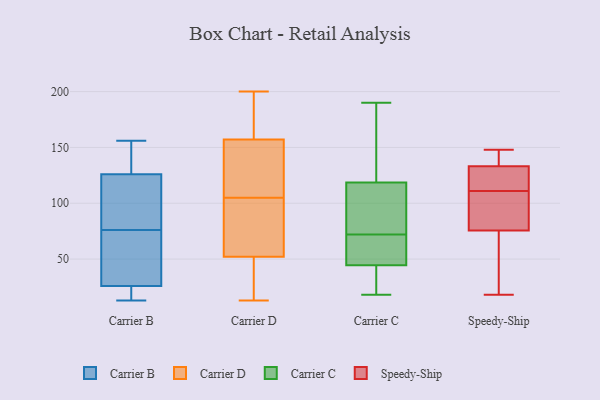
{"axis": {"x": "Customer Acquisition Cost (USD)", "y": "Value"}, "legend": ["Carrier B", "Carrier C", "Carrier D", "Speedy-Ship"], "data": [{"x": "", "y": 25, "type": "Carrier B"}, {"x": "", "y": 154, "type": "Carrier B"}, {"x": "", "y": 79, "type": "Carrier B"}, {"x": "", "y": 71, "type": "Carrier B"}, {"x": "", "y": 73, "type": "Carrier B"}, {"x": "", "y": 148, "type": "Carrier B"}, {"x": "", "y": 82, "type": "Carrier B"}, {"x": "", "y": 126, "type": "Carrier B"}, {"x": "", "y": 50, "type": "Carrier B"}, {"x": "", "y": 13, "type": "Carrier B"}, {"x": "", "y": 24, "type": "Carrier B"}, {"x": "", "y": 82, "type": "Carrier B"}, {"x": "", "y": 156, "type": "Carrier B"}, {"x": "", "y": 26, "type": "Carrier B"}, {"x": "", "y": 129, "type": "Carrier D"}, {"x": "", "y": 52, "type": "Carrier D"}, {"x": "", "y": 130, "type": "Carrier D"}, {"x": "", "y": 159, "type": "Carrier D"}, {"x": "", "y": 157, "type": "Carrier D"}, {"x": "", "y": 65, "type": "Carrier D"}, {"x": "", "y": 87, "type": "Carrier D"}, {"x": "", "y": 122, "type": "Carrier D"}, {"x": "", "y": 198, "type": "Carrier D"}, {"x": "", "y": 46, "type": "Carrier D"}, {"x": "", "y": 88, "type": "Carrier D"}, {"x": "", "y": 35, "type": "Carrier D"}, {"x": "", "y": 200, "type": "Carrier D"}, {"x": "", "y": 13, "type": "Carrier D"}, {"x": "", "y": 40, "type": "Carrier C"}, {"x": "", "y": 30, "type": "Carrier C"}, {"x": "", "y": 69, "type": "Carrier C"}, {"x": "", "y": 18, "type": "Carrier C"}, {"x": "", "y": 128, "type": "Carrier C"}, {"x": "", "y": 42, "type": "Carrier C"}, {"x": "", "y": 124, "type": "Carrier C"}, {"x": "", "y": 105, "type": "Carrier C"}, {"x": "", "y": 190, "type": "Carrier C"}, {"x": "", "y": 125, "type": "Carrier C"}, {"x": "", "y": 91, "type": "Carrier C"}, {"x": "", "y": 31, "type": "Carrier C"}, {"x": "", "y": 86, "type": "Carrier C"}, {"x": "", "y": 154, "type": "Carrier C"}, {"x": "", "y": 73, "type": "Carrier C"}, {"x": "", "y": 47, "type": "Carrier C"}, {"x": "", "y": 52, "type": "Carrier C"}, {"x": "", "y": 113, "type": "Carrier C"}, {"x": "", "y": 61, "type": "Carrier C"}, {"x": "", "y": 71, "type": "Carrier C"}, {"x": "", "y": 75, "type": "Speedy-Ship"}, {"x": "", "y": 77, "type": "Speedy-Ship"}, {"x": "", "y": 111, "type": "Speedy-Ship"}, {"x": "", "y": 91, "type": "Speedy-Ship"}, {"x": "", "y": 116, "type": "Speedy-Ship"}, {"x": "", "y": 139, "type": "Speedy-Ship"}, {"x": "", "y": 18, "type": "Speedy-Ship"}, {"x": "", "y": 114, "type": "Speedy-Ship"}, {"x": "", "y": 148, "type": "Speedy-Ship"}, {"x": "", "y": 18, "type": "Speedy-Ship"}, {"x": "", "y": 142, "type": "Speedy-Ship"}]}